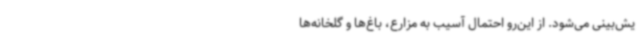
یش‌بینی می‌شود. از این‌رو احتمال آسیب به مزارع، باغ‌ها و گلخانه‌ها